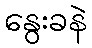
နွေးခနဲ